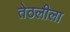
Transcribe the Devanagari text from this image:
तेठलीला